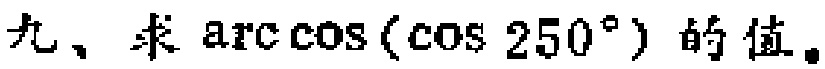
九、求\(\arccos(\cos 250^{\circ})\)的值。